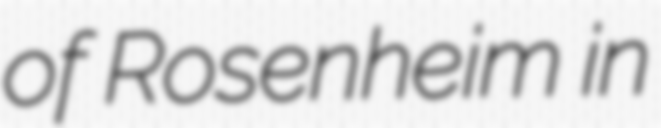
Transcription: of Rosenheim in